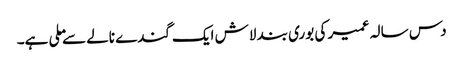
دس سالہ عمیر کی بوری بند لاش ایک گندے نالے سے ملی ہے۔